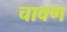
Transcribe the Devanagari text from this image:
चावण